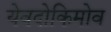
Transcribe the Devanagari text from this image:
येवदोकिमोव